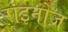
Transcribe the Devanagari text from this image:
राइनोज़